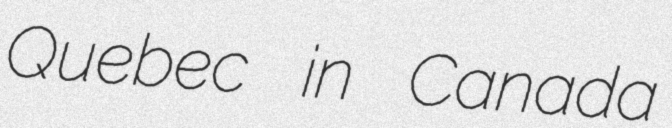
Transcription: Quebec in Canada